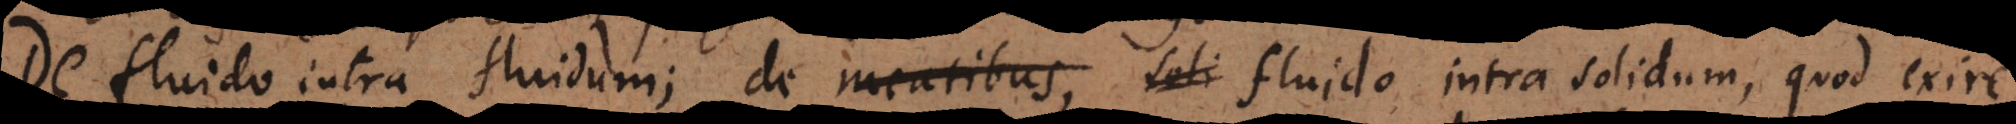
De fluido intra fluidum; de meatibus, soli fluido intra solidum, quod exire